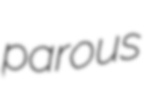
parous